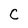
Character: C